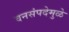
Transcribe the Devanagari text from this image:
वनसंपदेमुळे